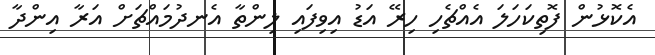
އެކޮޅުން ފޮތިކަހަލަ އެއްޗެހި ހިރޭ އަޑު އިވިފައި ލިންތާ އެނދުމައްޗަށް އަރާ އިންދާ